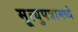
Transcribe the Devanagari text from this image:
मृ्त्युपत्रामध्ये